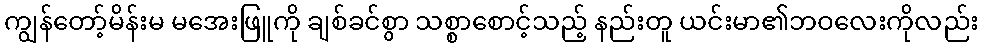
ကျွန်တော့်မိန်းမ မအေးဖြူကို ချစ်ခင်စွာ သစ္စာစောင့်သည့် နည်းတူ ယင်းမာ၏ဘဝလေးကိုလည်း